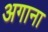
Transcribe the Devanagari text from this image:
अगाना